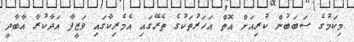
މިކަމުގެ ސަބަބުން ކުރިއަށް އޮތް އަހަރުތަކުގެ ތެރޭގައި އެމެރިކާގައި ވަޒީފާ އަދާކުރާ އާބާދީ